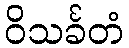
ဝိသင်္ခတံ